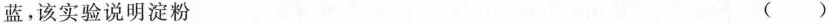
蓝，该实验说明淀粉 （）